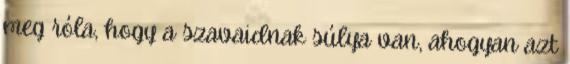
meg róla, hogy a szavaidnak súlya van, ahogyan azt